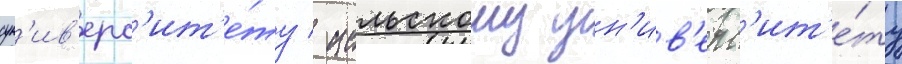
ун'ив'ерс'ит'е́ту / иельскому ун'ив'ерс'ит'е́ту